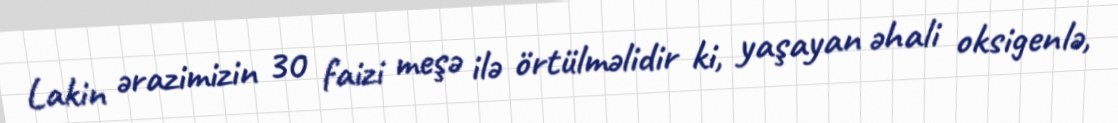
Lakin ərazimizin 30 faizi meşə ilə örtülməlidir ki, yaşayan əhali oksigenlə,